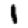
Digit: 1